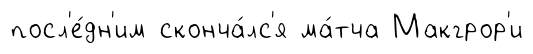
посл'е́дн'им сконча́лс'я ма́тча Макгрор'и